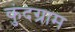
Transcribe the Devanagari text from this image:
कुंदग्राम